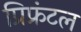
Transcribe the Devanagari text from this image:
प्रिफ्रंटल